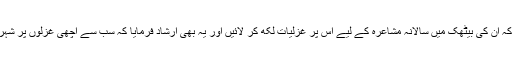
جوش صاحب نے ایک مصرع طرح اپنے شاگردوں کو دیا کہ ان کی بیٹھک میں سالانہ مشاعرہ کے لیے اس پر غزلیات لکھ کر لائیں اور یہ بھی ارشاد فرمایا کہ سب سے اچھی غزلوں پر شہر کے ایک رئیس دو دو سو روپے کے تین انعامات دیں گے۔